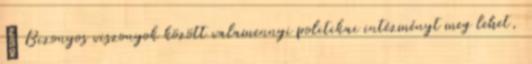
„ Bizonyos viszonyok között valamennyi politikai intézményt meg lehet,